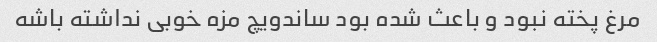
مرغ پخته نبود و باعث شده بود ساندویچ مزه خوبی نداشته باشه